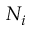
N _ { i }